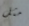
مثل